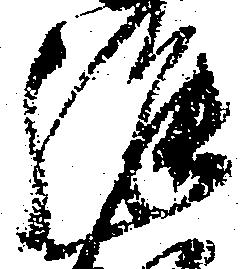
強